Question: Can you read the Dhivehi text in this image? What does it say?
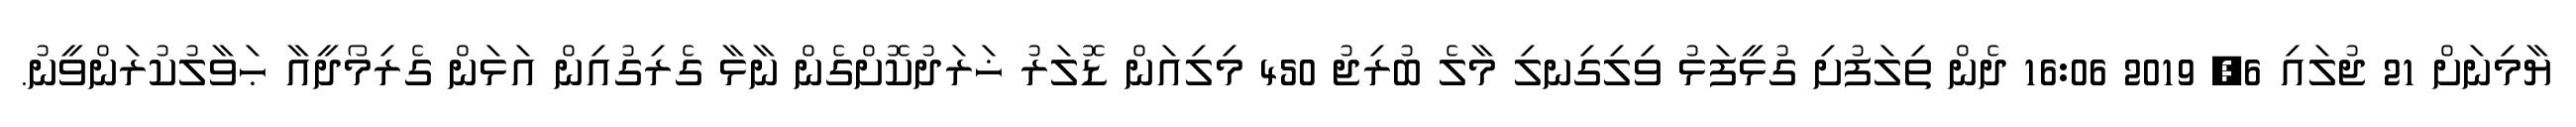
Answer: ޔާމިނަށް 21 ޖުލައި 6, 2019 16:06 ދެން ތިލަފުށި ގުޅީފަޅު ވިލިގިނލި މާލެ ބުރިޖު 450 މިލިއަން ޑޮލަރު ޚަރަދުކޮށްގެން ނާޅާ ގެރިގުއިން އަޅަން ގެރިމޯދީއާ ޙަވާލުކުރަންވީނު.